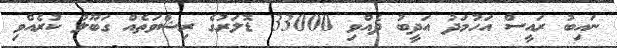
ނައިބު ރައީސް އަހުމަދު އަދީބު ދެއްވި 33000 ޑޮލަރުގެ ރިޝްވަތެއް ގަބޫލު ކުރެއްވި